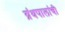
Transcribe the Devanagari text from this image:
ग्रंथपालांची